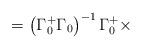
LaTeX: \begin{align*}=\left( \Gamma_{0}^{+}\Gamma_{0} \right)^{-1}\Gamma_{0}^{+}\times\end{align*}